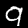
Label: 9